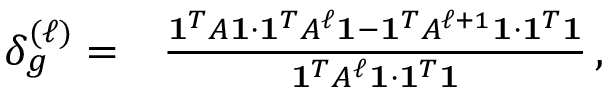
\begin{array} { r l } { \delta _ { g } ^ { ( \ell ) } = } & { \frac { \mathbf { 1 } ^ { T } A \mathbf { 1 } \cdot \mathbf { 1 } ^ { T } A ^ { \ell } \mathbf { 1 } - \mathbf { 1 } ^ { T } A ^ { \ell + 1 } \mathbf { 1 } \cdot \mathbf { 1 } ^ { T } \mathbf { 1 } } { \mathbf { 1 } ^ { T } A ^ { \ell } \mathbf { 1 } \cdot \mathbf { 1 } ^ { T } \mathbf { 1 } } \, , } \end{array}